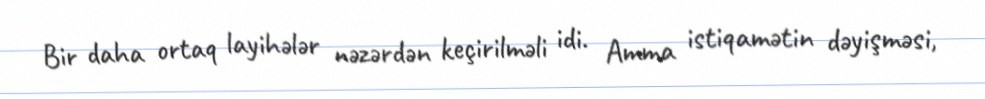
Bir daha ortaq layihələr nəzərdən keçirilməli idi. Amma istiqamətin dəyişməsi,